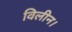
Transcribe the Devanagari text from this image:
विलीन।